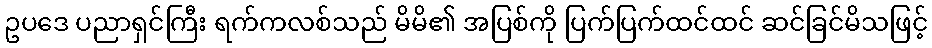
ဥပဒေ ပညာရှင်ကြီး ရက်ကလစ်သည် မိမိ၏ အပြစ်ကို ပြက်ပြက်ထင်ထင် ဆင်ခြင်မိသဖြင့်